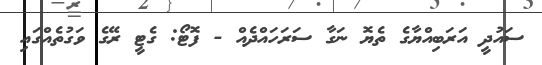
ސައުދީ އަރަބިއްޔާގެ ތެޔޮ ނަގާ ސަރަހައްދެއް - ފޮޓޯ: ގެޓީ ރޭގެ ވަގުތެއްގައި